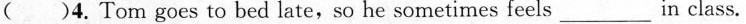
()4.Tom goes to bed late,so he sometimes feels___in class.